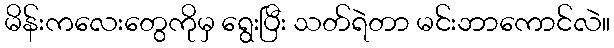
မိန်းကလေးတွေကိုမှ ရွေးပြီး သတ်ရဲတာ မင်းဘာကောင်လဲ။